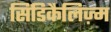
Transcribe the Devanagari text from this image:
सिंडिकैलिज़्म